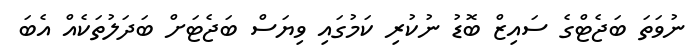
ނުވަތަ ބަޖެޓްގެ ސައިޒް ބޮޑު ނުކުރި ކަމުގައި ވިޔަސް ބަޖެޓަށް ބަދަލުތަކެއް އެބަ